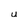
Character: u